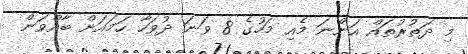
މި ދަތުރުތައް އަންނަ މެއި މަހުގެ 8 ވަނަ ދުވަހާ ހަމައަށް ބާއްވަން